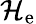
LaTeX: \mathcal{H}_{\mathrm{e}}